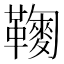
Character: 𩍔